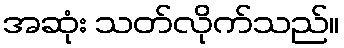
အဆုံး သတ်လိုက်သည်။